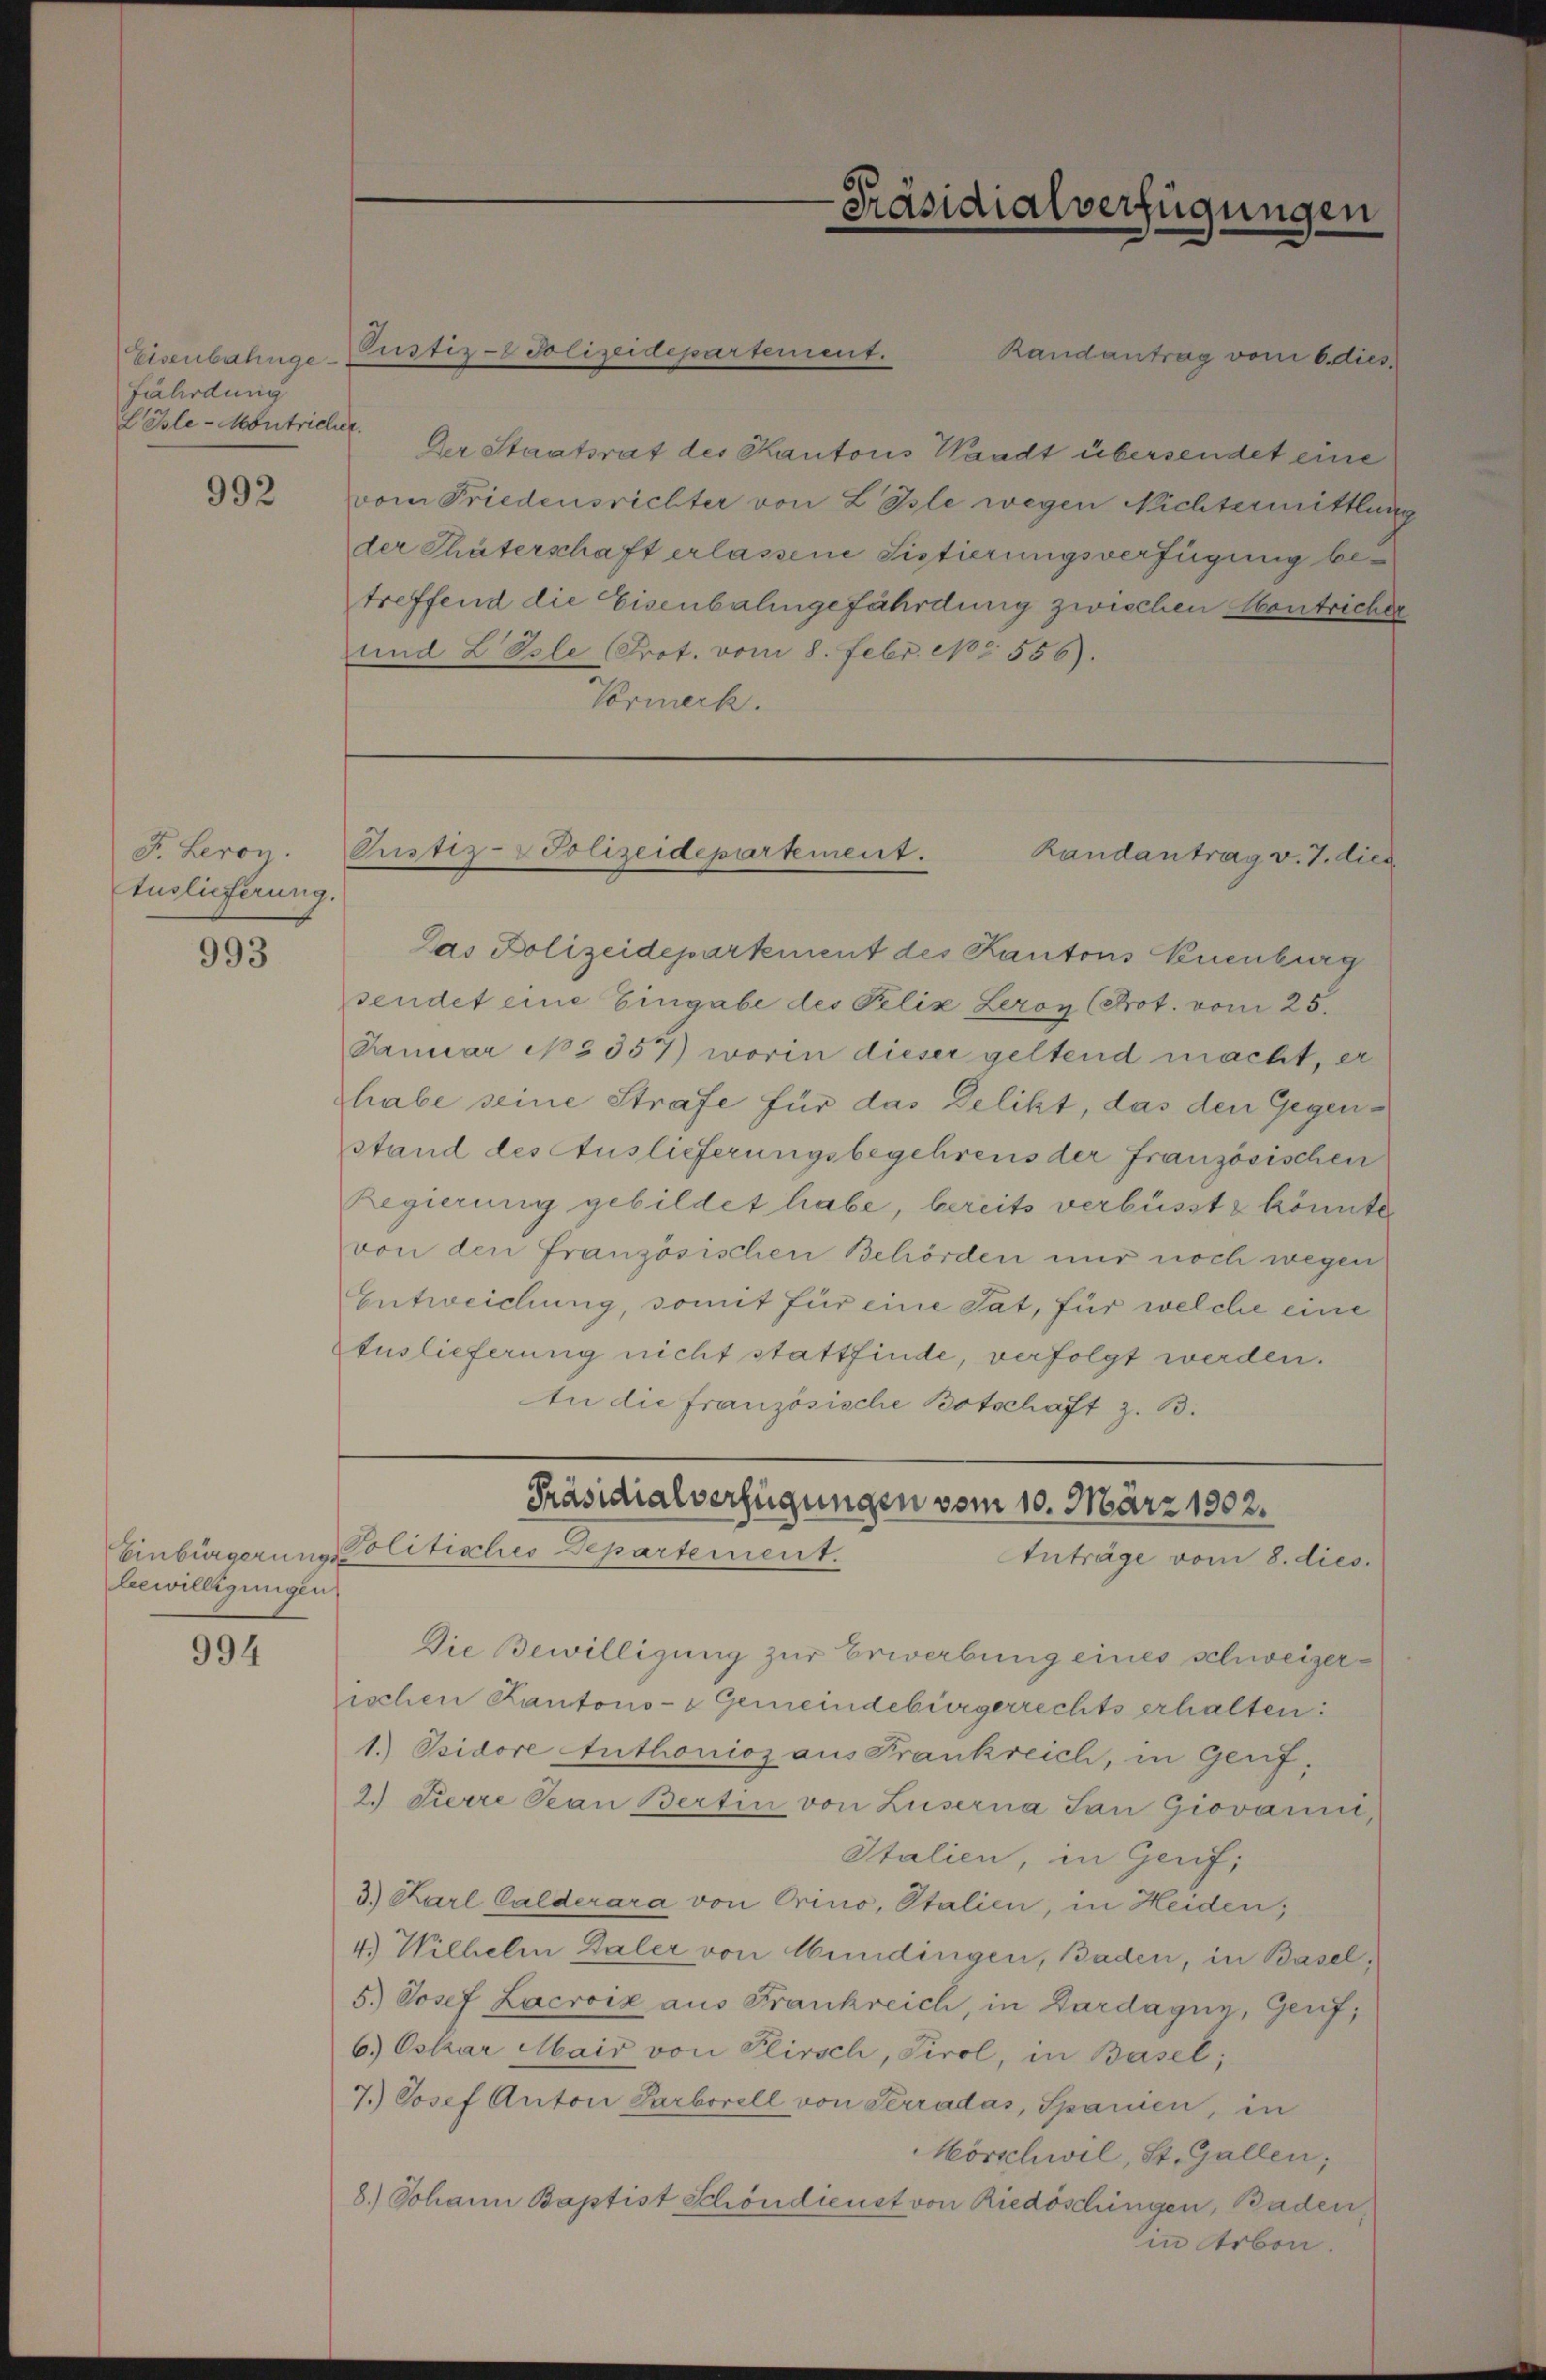
Eisenbahngefährdung
LEsle-Montricher.

992

F. Leroy.
Auslieferung.

993

bewilligungen

994

Custiz-Polizeidepartement.

Präsidialverfügungen

Pustiz-Polizeidepartement.
Randantrag v. 7. dies

Randantrag vom 6. dies
Der Staatsrat des Kantons Waadt übersendet eine
vom Friedensrichter von Losle wegen Nichtermittlung
der Thäterschaft erlassene Sistierungsverfügung betreffend die Eisenbahngefährdung zwischen Montricher
und L Isle (Prot. vom 8. Febr. 18556).
Vormerk.

Präsidialverfügungen vom 10. März 1902.
Einbürgerung Politisches Departement.
Anträge vom 8. dies

Die Bewilligung zur Erwerbung eines schweizerischen Kantons- & Gemeindebürgerrechts erhalten:
1. Isidore Anthonioz aus Frankreich, in Genf,
2.) Dierre Pran Bertin von Zuserna San Giovanni,
Italien, in Genf,
3.) Karl Calderara von Orino, Italien, in Heiden;
4.) Wilhelm Daler von Mundingen, Baden, in Basel¬
5.) Josef Lacroix aus Frankreich, in Dardagny, Genf,
6.) Oskar Mair von Plirsch, Tirol, in Basel;
7.) Josef Anton Sarborell von Serradas, Sparen, in
Mörschwil, St. Gallen;
8.) Johann Baptist Schöndienst von Riedöschingen, Baden
in Arben.

Das Polizeidepartement des Kantons Neuenburg
sendet eine Eingabe des Pelix Leron (Prot. vom 25.
Januar No § 357) worin dieser geltend macht, er
habe seine Strafe für das Delikt, das den Gegenstand des Auslieferungsbegehrens der französischen
Regierung gebildet habe, bereits verbüsst & könnte
von den französischen Behörden nur noch wegen
Entweichung, somit für eine Tat, für welche eine
Auslieferung nicht stattfinde, verfolgt werden.
An die französische Botschaft z. B.